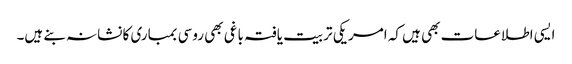
ایسی اطلاعات بھی ہیں کہ امریکی تربیت یافتہ باغی بھی روسی بمباری کا نشانہ بنے ہیں۔